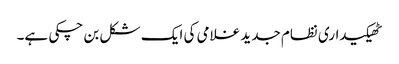
ٹھیکیداری نظام جدید غلامی کی ایک شکل بن چکی ہے۔